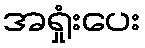
အရှုံးပေး